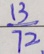
\frac { 1 3 } { 1 2 }